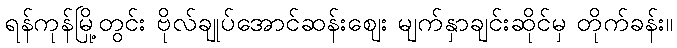
ရန်ကုန်မြို့တွင်း ဗိုလ်ချုပ်အောင်ဆန်းဈေး မျက်နှာချင်းဆိုင်မှ တိုက်ခန်း။